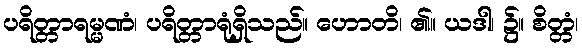
ပရိတ္တာရမ္မဏံ၊ ပရိတ္တာရုံရှိသည်။ ဟောတိ၊ ၏။ ယဒါ၊ ၌။ စိတ္တံ၊